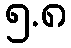
၅.၈